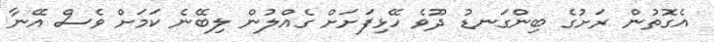
އެގޮތުން ރަށުގެ ބިންގަނޑު ދޫވެ ހޭޅިފަށަށް ގެއްލުން ލިބޭނެ ކަމަށް ވެސް އޭނާ